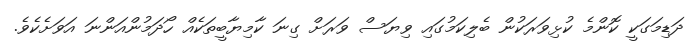
ދަޑިމަގަކީ ކޮންމެ ކުޅިވަރަކުން ބެލިކަމުގައި ވިޔަސް ވަރަށް ގިނަ ކާމިޔާބީތަކެއް ހޯދަމުންއަންނަ އަވަށެކެވެ.